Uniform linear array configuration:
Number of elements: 24
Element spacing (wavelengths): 0.5
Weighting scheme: cosine
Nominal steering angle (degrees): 15
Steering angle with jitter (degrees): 16.166
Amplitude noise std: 0.05
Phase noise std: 0.05

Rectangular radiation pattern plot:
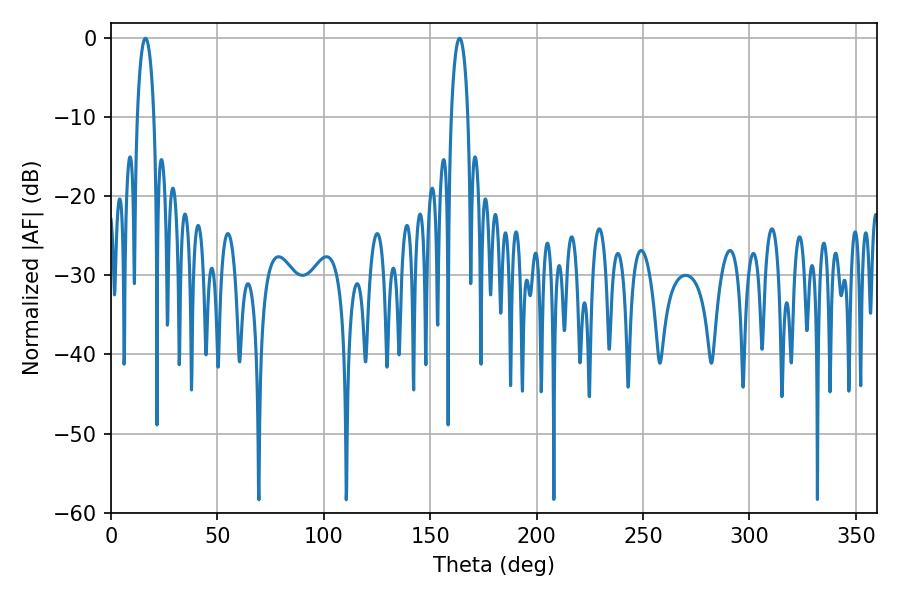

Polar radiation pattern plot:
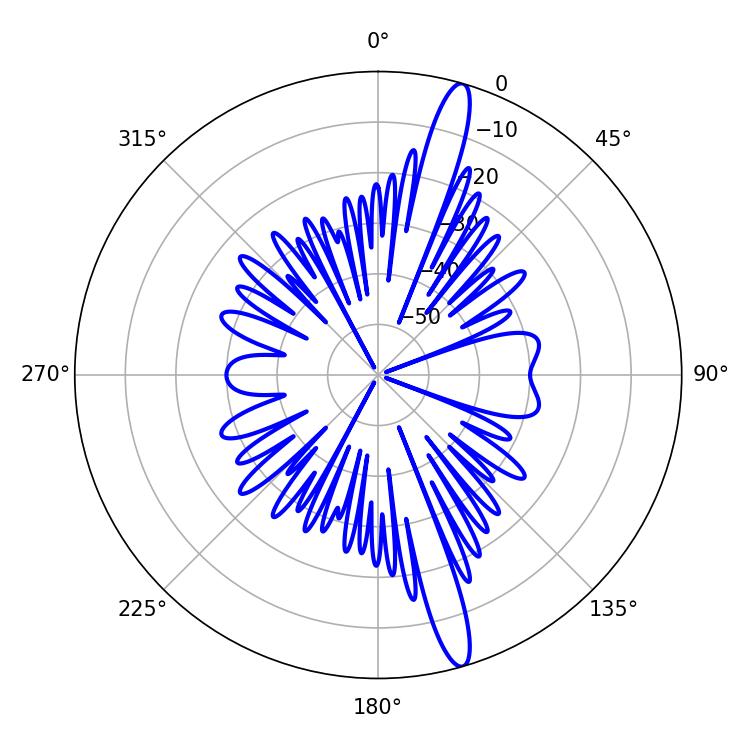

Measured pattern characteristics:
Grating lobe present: FALSE
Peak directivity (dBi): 16.186
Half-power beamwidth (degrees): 4.32
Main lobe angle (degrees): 16.2